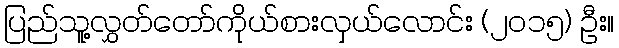
ပြည်သူ့လွှတ်တော်ကိုယ်စားလှယ်လောင်း (၂၀၁၅) ဦး။